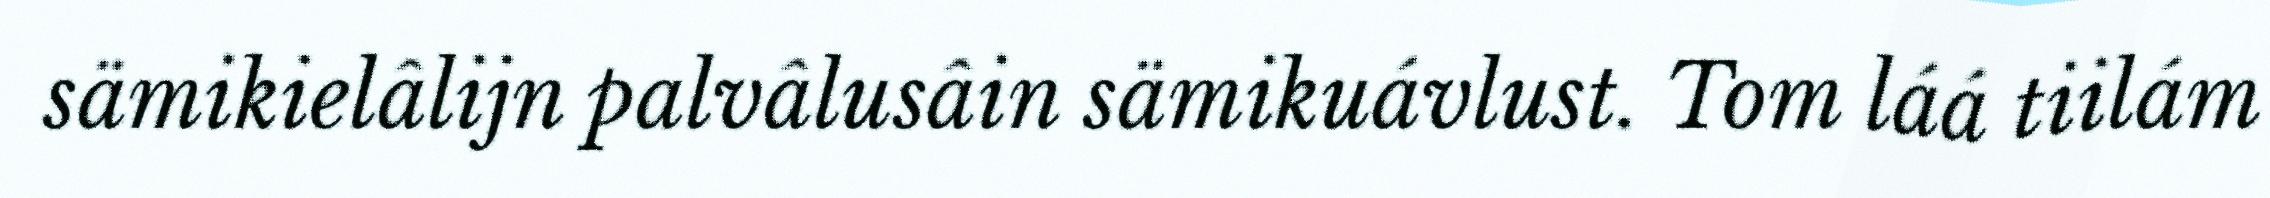
sämikielâlijn palvâlusâin sämikuávlust. Tom láá tiilám